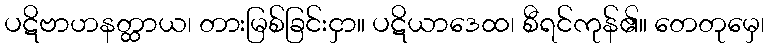
ပဋိဗာဟနတ္ထာယ၊ တားမြစ်ခြင်းငှာ။ ပဋိယာဒေထ၊ စီရင်ကုန်၏။ တေတုမှေ၊